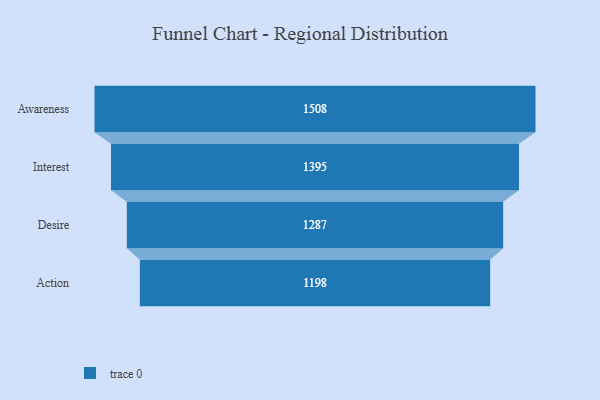
{"axis": {"x": "Stage", "y": "Value"}, "legend": [""], "data": [{"x": "Awareness", "y": 1508.0, "type": ""}, {"x": "Interest", "y": 1395.0, "type": ""}, {"x": "Desire", "y": 1287.0, "type": ""}, {"x": "Action", "y": 1198.0, "type": ""}]}